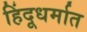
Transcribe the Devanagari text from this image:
हिंदूधर्मात